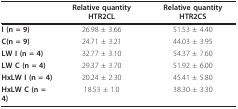
<table><thead><tr><td></td><td><b>Relative quantity HTR2CL</b></td><td><b>Relative quantity HTR2CS</b></td></tr></thead><tbody><tr><td><b>I (n = 9)</b></td><td>26.98 ± 3.66</td><td>51.53 ± 4.40</td></tr><tr><td><b>C(n = 9)</b></td><td>24.71 ± 3.21</td><td>44.03 ± 3.95</td></tr><tr><td><b>LW I (n = 4)</b></td><td>32.77 ± 3.10</td><td>54.37 ± 7.60</td></tr><tr><td><b>LW C (n = 4)</b></td><td>29.37 ± 3.70</td><td>51.92 ± 6.00</td></tr><tr><td><b>HxLW I (n = 4)</b></td><td>20.24 ± 2.30</td><td>45.41 ± 5.80</td></tr><tr><td><b>HxLW C (n = 4)</b></td><td>18.53 ± 1.0</td><td>38.30 ± 3.30</td></tr></tbody></table>